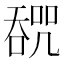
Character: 𰈩